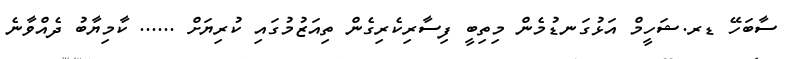
ސާބަހޭ ޑރ.ޝަހީމް އަޅުގަނޑުމެން މިތިބީ ފިސާރިކެރިގެން ތިއަޒުމުގައި ކުރިޔަށް ...... ކާމިޔާބު ދެއްވާނެ